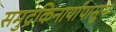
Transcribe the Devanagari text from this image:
समुद्रकिनार्यापासून